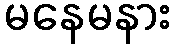
မနေမနား